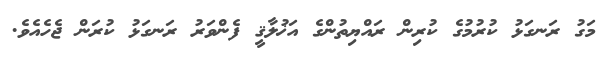
މަގު ރަނގަޅު ކުރުމުގެ ކުރިން ރައްޔިތުންގެ އަޚުލާޤީ ފެންވަރު ރަނގަޅު ކުރަން ޖެހެއެވެ.